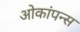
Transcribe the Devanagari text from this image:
ओकांपन्स